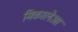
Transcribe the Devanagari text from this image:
मिकालेआ